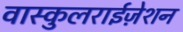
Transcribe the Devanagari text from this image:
वास्कुलराईज़ेशन